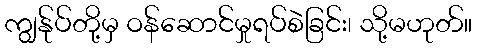
ကျွန်ုပ်တို့မှ ဝန်ဆောင်မှုရပ်စဲခြင်း၊ သို့မဟုတ်။